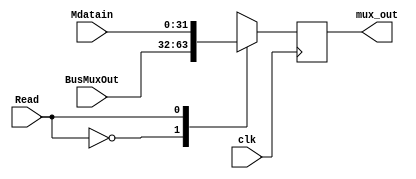
module mux_2_to_1 #(parameter word_size =32)(
    output wire [31:0] mux_out,
    input wire [31:0] BusMuxOut,
    input wire [31:0] Mdatain,
    input wire  Read,
    input wire clk
); 
reg[31:0] temp;
assign mux_out=temp;
always @ (posedge clk)
begin
case(Read)
    0 : temp <= BusMuxOut;
    1 : temp <= Mdatain;
endcase

    end
    endmodule